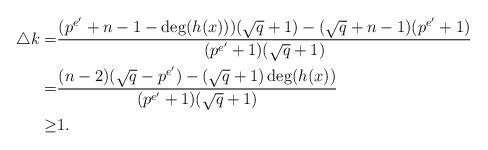
LaTeX: \begin{align*} \bigtriangleup k= & \frac{(p^{e'}+n-1-\deg(h(x)))(\sqrt{q}+1)-(\sqrt{q}+n-1)(p^{e'}+1)}{(p^{e'}+1)(\sqrt{q}+1)} \\ = & \frac{(n-2)(\sqrt{q}-p^{e'})-(\sqrt{q}+1)\deg(h(x))}{(p^{e'}+1)(\sqrt{q}+1)} \\ \geq & 1. \end{align*}